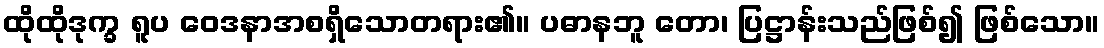
ထိုထိုဒုက္ခ ရူပ ဝေဒနာအစရှိသောတရား၏။ ပဓာနဘူ တော၊ ပြဋ္ဌာန်းသည်ဖြစ်၍ ဖြစ်သော။